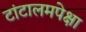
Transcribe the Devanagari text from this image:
टांटालमपेक्षा